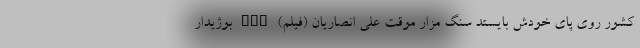
کشور روی پای خودش بایستد سنگ مزار موقت علی انصاریان (فیلم) nan بوژیدار